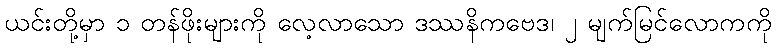
ယင်းတို့မှာ ၁ တန်ဖိုးများကို လေ့လာသော ဒဿနိကဗေဒ၊ ၂ မျက်မြင်လောကကို